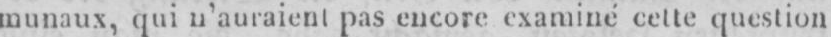
munaux, qui n’auraient pas encore examiné cette question